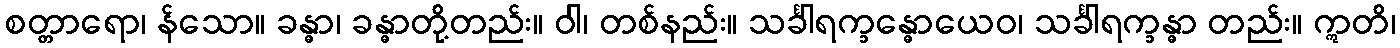
စတ္တာရော၊ န်သော။ ခန္ဓာ၊ ခန္ဓာတို့တည်း။ ဝါ၊ တစ်နည်း။ သင်္ခါရက္ခန္ဓောယေဝ၊ သင်္ခါရက္ခန္ဓာ တည်း။ ဣတိ၊